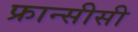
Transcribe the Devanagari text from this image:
फ्रान्सीसी